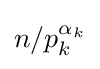
n/p_{k}^{\alpha _{k}}